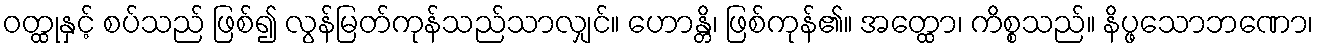
ဝတ္ထုနှင့် စပ်သည် ဖြစ်၍ လွန်မြတ်ကုန်သည်သာလျှင်။ ဟောန္တိ၊ ဖြစ်ကုန်၏။ အတ္ထော၊ ကိစ္စသည်။ နိပ္ဖသောဘဏော၊